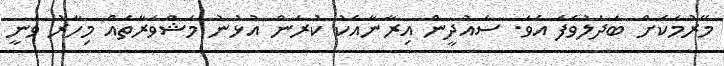
މޭރުމަކަށް ބަދަލުވެފަ އެވެ. ސައުދީން އިރާނާއެކު ކުރަން އުޅުނު މަޝްވަރާތައް މިހާރު ވަނީ